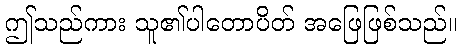
ဤသည်ကား သူ၏ပါတောပိတ် အဖြေဖြစ်သည်။